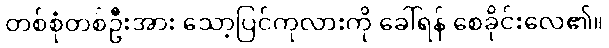
တစ်စုံတစ်ဦးအား သော့ပြင်ကုလားကို ခေါ်ရန် စေခိုင်းလေ၏။